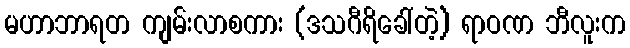
မဟာဘာရတ ကျမ်းလာစကား (ဒသဂီရိခေါ်တဲ့) ရာဝဏ ဘီလူးက